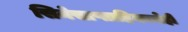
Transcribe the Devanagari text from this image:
सिनेसाप्ताहिकाचेही